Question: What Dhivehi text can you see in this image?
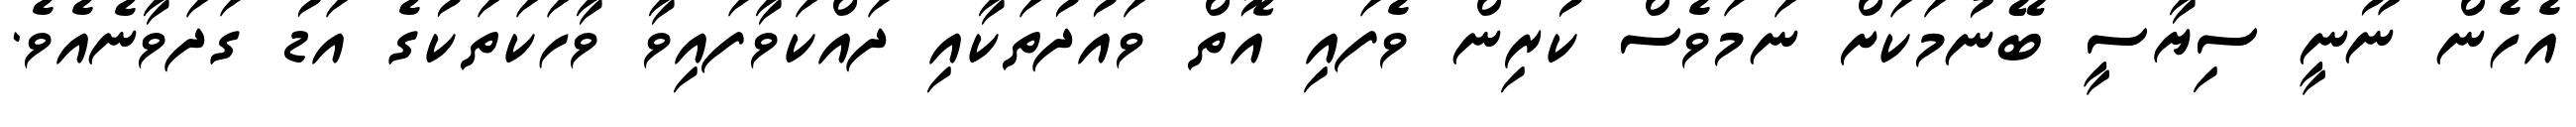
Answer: އެހެން ނޫނީ ސިޔާސީ ބޭނުމަކަށް ނަމަވެސް ކުރިން ވެފައި އޮތް ވައުދުތަކާއި ދައްކަވާފައިވާ ވާހަކަތަކުގެ އަޑު ގަދަވާނެއެވެ.